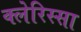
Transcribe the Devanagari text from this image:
क्लेरिस्सा